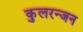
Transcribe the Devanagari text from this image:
कुलरन्जन